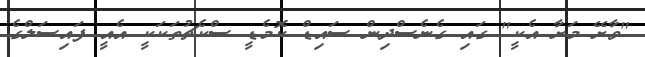
"ވާށޭ މަށާ އެކީ" ގައި ގެނެސްދިން ސައިޑް ކޮމެޑީ ސްކެޗުތަކަކީ އެއީ ފައިސަލްގެ